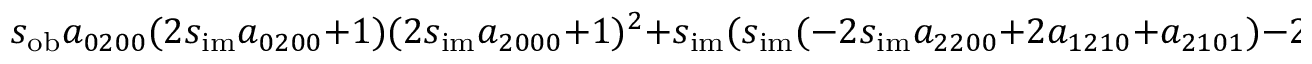
s _ { \mathrm { o b } } a _ { 0 2 0 0 } ( 2 s _ { \mathrm { i m } } a _ { 0 2 0 0 } + 1 ) ( 2 s _ { \mathrm { i m } } a _ { 2 0 0 0 } + 1 ) ^ { 2 } + s _ { \mathrm { i m } } ( s _ { \mathrm { i m } } ( - 2 s _ { \mathrm { i m } } a _ { 2 2 0 0 } + 2 a _ { 1 2 1 0 } + a _ { 2 1 0 1 } ) - 2 a _ { 0 2 2 0 } )